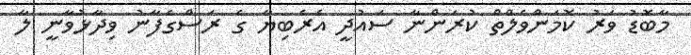
މާބޮޑު ވަރު ކޮމަންވެލްތް ކުރަންނާ ސައުދީ އެރެބިޔާ ގެ ރަސްގެފާނު ވިދާޅުވާނީ ލާ